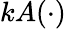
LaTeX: kA(\cdot)